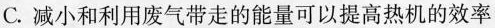
C.减小和利用废气带走的能量可以提高热机的效率